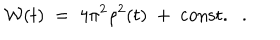
{ \cal W } ( t ) \; = \; 4 \pi ^ { 2 } \rho ^ { 2 } ( t ) \; + \; \mathrm { c o n s t . } .